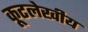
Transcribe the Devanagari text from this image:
कूटलेखीय